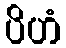
ပိဟံ